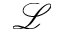
\mathcal { L }